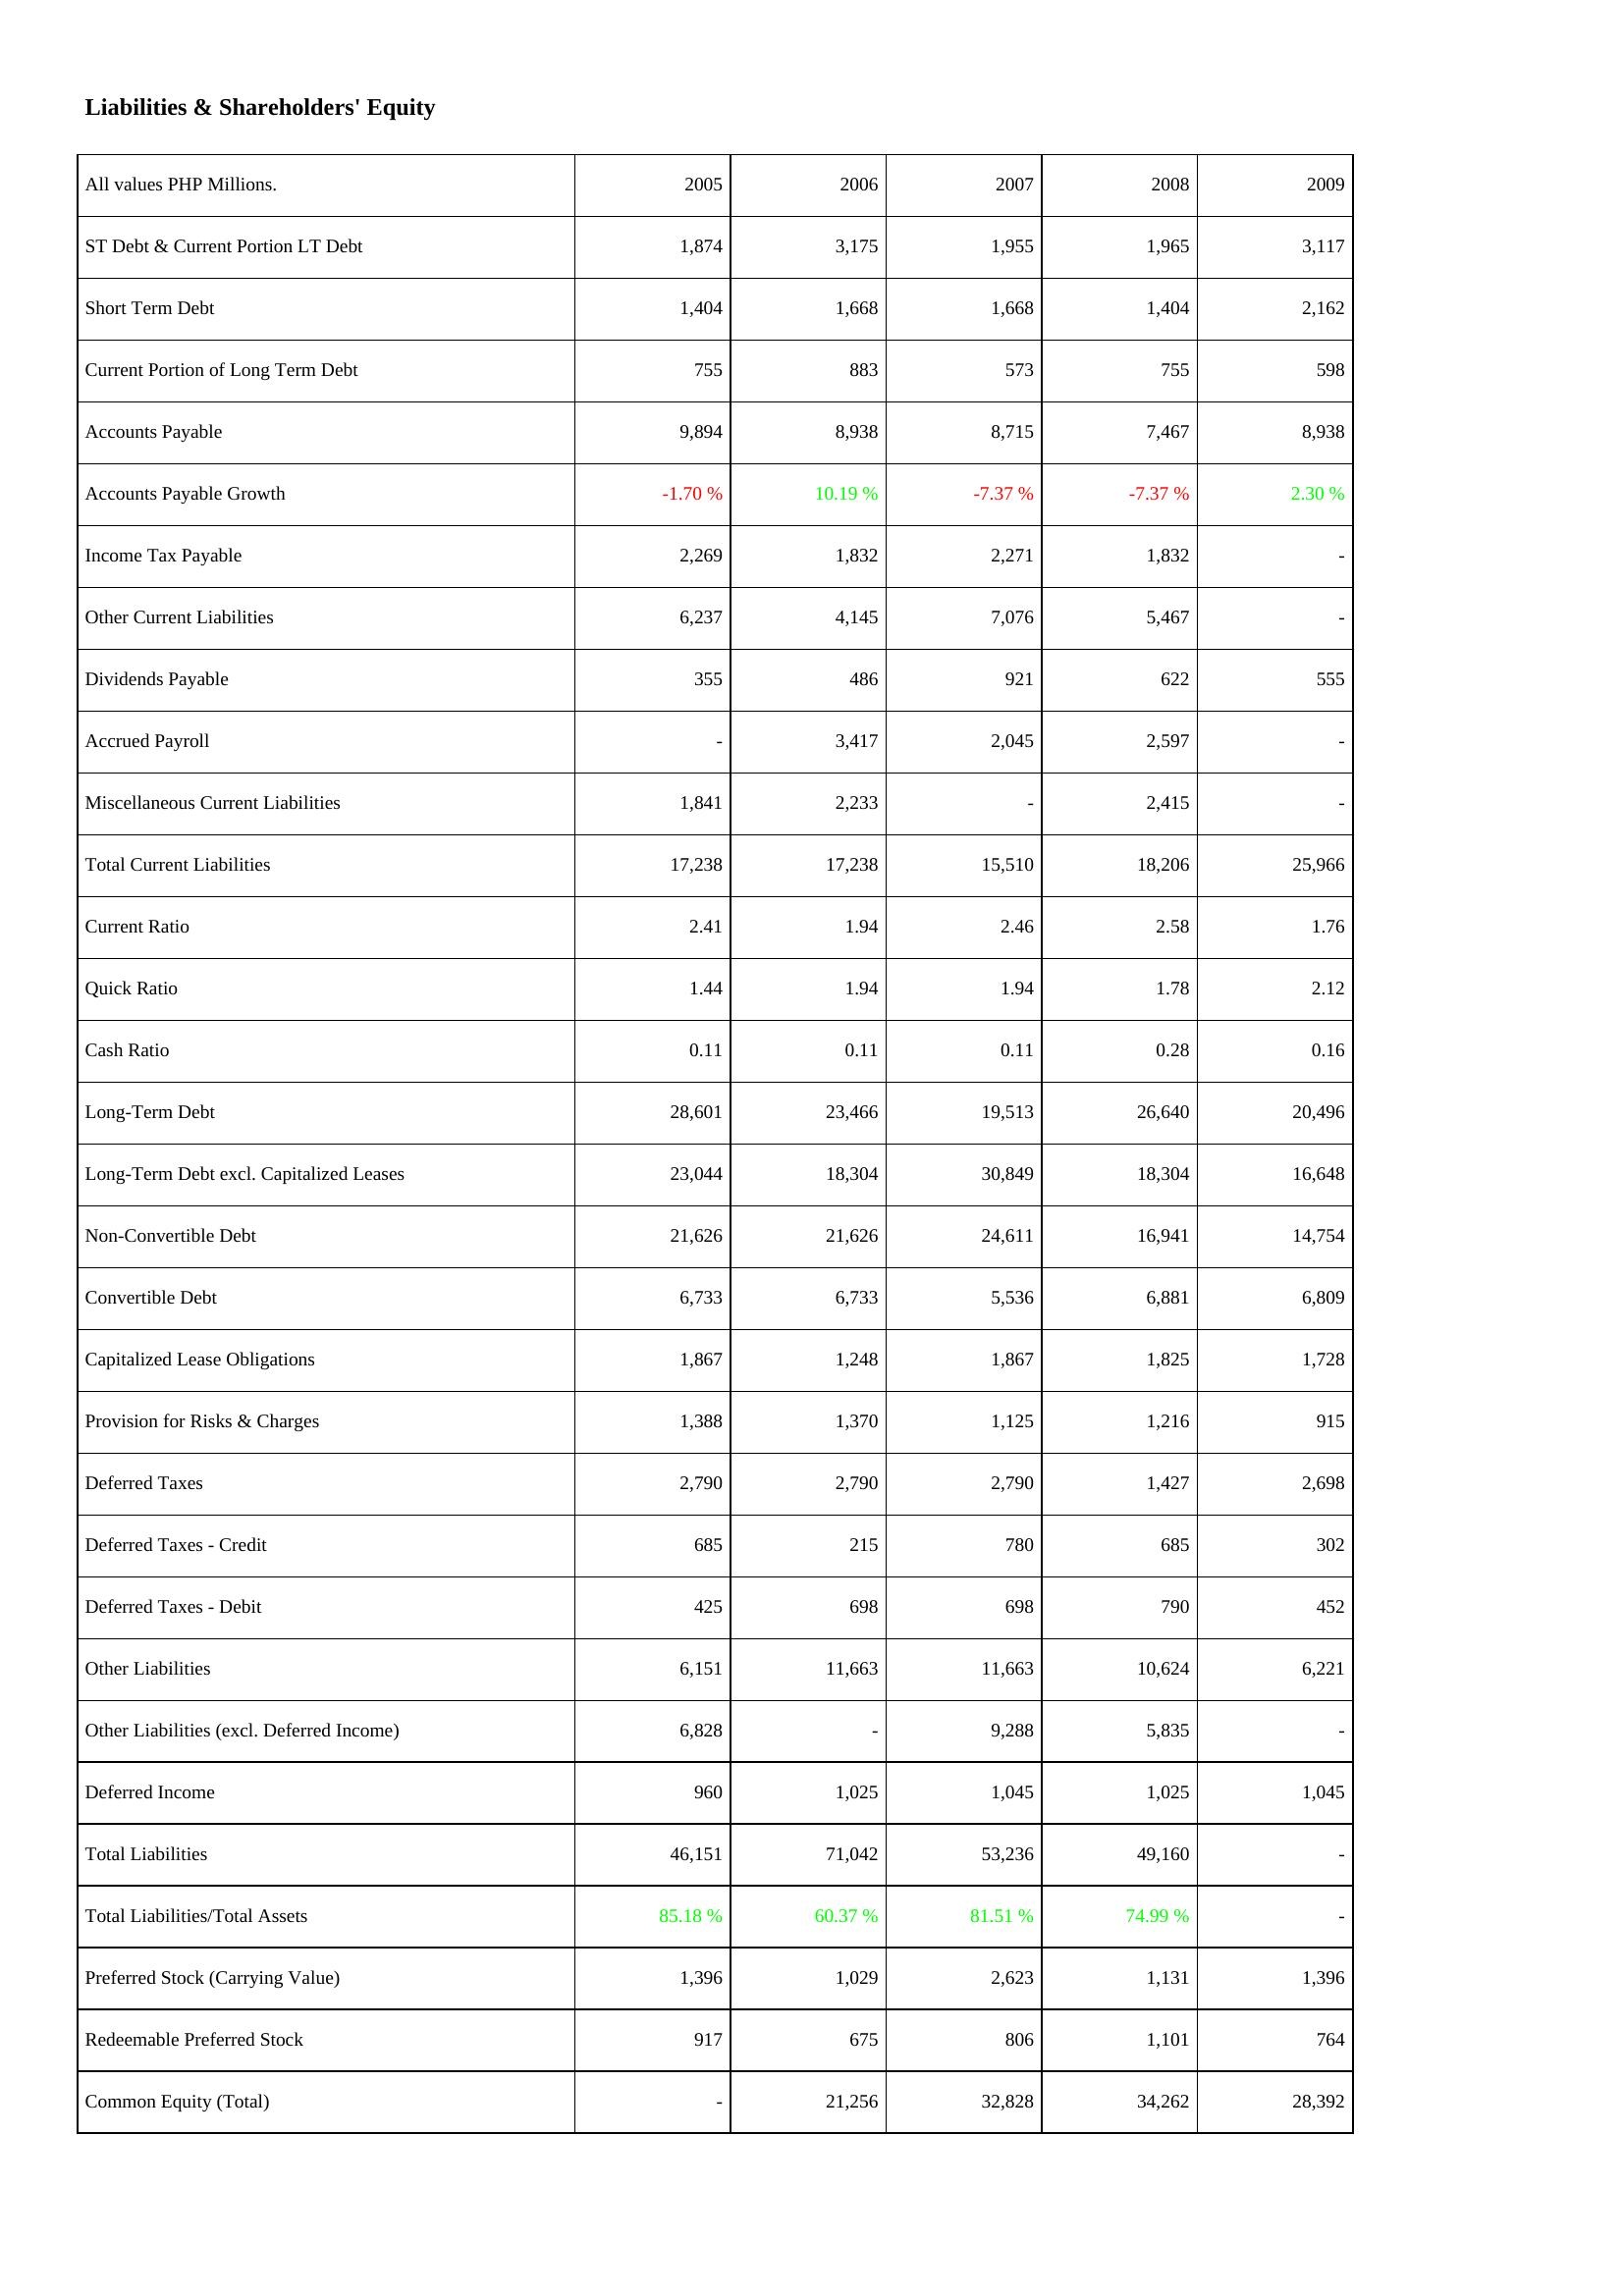
2005: Liabilities & Shareholders' Equity: ST Debt & Current Portion LT Debt: 1,874
Short Term Debt: 1,404
Current Portion of Long Term Debt: 755
Accounts Payable: 9,894
Accounts Payable Growth: -1.70 %
Income Tax Payable: 2,269
Other Current Liabilities: 6,237
Dividends Payable: 355
Accrued Payroll: -
Miscellaneous Current Liabilities: 1,841
Total Current Liabilities: 17,238
Current Ratio: 2.41
Quick Ratio: 1.44
Cash Ratio: 0.11
Long-Term Debt: 28,601
Long-Term Debt excl. Capitalized Leases: 23,044
Non-Convertible Debt: 21,626
Convertible Debt: 6,733
Capitalized Lease Obligations: 1,867
Provision for Risks & Charges: 1,388
Deferred Taxes: 2,790
Deferred Taxes - Credit: 685
Deferred Taxes - Debit: 425
Other Liabilities: 6,151
Other Liabilities (excl. Deferred Income): 6,828
Deferred Income: 960
Total Liabilities: 46,151
Total Liabilities/Total Assets: 85.18 %
Preferred Stock (Carrying Value): 1,396
Redeemable Preferred Stock: 917
Common Equity (Total): -
2006: Liabilities & Shareholders' Equity: ST Debt & Current Portion LT Debt: 3,175
Short Term Debt: 1,668
Current Portion of Long Term Debt: 883
Accounts Payable: 8,938
Accounts Payable Growth: 10.19 %
Income Tax Payable: 1,832
Other Current Liabilities: 4,145
Dividends Payable: 486
Accrued Payroll: 3,417
Miscellaneous Current Liabilities: 2,233
Total Current Liabilities: 17,238
Current Ratio: 1.94
Quick Ratio: 1.94
Cash Ratio: 0.11
Long-Term Debt: 23,466
Long-Term Debt excl. Capitalized Leases: 18,304
Non-Convertible Debt: 21,626
Convertible Debt: 6,733
Capitalized Lease Obligations: 1,248
Provision for Risks & Charges: 1,370
Deferred Taxes: 2,790
Deferred Taxes - Credit: 215
Deferred Taxes - Debit: 698
Other Liabilities: 11,663
Other Liabilities (excl. Deferred Income): -
Deferred Income: 1,025
Total Liabilities: 71,042
Total Liabilities/Total Assets: 60.37 %
Preferred Stock (Carrying Value): 1,029
Redeemable Preferred Stock: 675
Common Equity (Total): 21,256
2007: Liabilities & Shareholders' Equity: ST Debt & Current Portion LT Debt: 1,955
Short Term Debt: 1,668
Current Portion of Long Term Debt: 573
Accounts Payable: 8,715
Accounts Payable Growth: -7.37 %
Income Tax Payable: 2,271
Other Current Liabilities: 7,076
Dividends Payable: 921
Accrued Payroll: 2,045
Miscellaneous Current Liabilities: -
Total Current Liabilities: 15,510
Current Ratio: 2.46
Quick Ratio: 1.94
Cash Ratio: 0.11
Long-Term Debt: 19,513
Long-Term Debt excl. Capitalized Leases: 30,849
Non-Convertible Debt: 24,611
Convertible Debt: 5,536
Capitalized Lease Obligations: 1,867
Provision for Risks & Charges: 1,125
Deferred Taxes: 2,790
Deferred Taxes - Credit: 780
Deferred Taxes - Debit: 698
Other Liabilities: 11,663
Other Liabilities (excl. Deferred Income): 9,288
Deferred Income: 1,045
Total Liabilities: 53,236
Total Liabilities/Total Assets: 81.51 %
Preferred Stock (Carrying Value): 2,623
Redeemable Preferred Stock: 806
Common Equity (Total): 32,828
2008: Liabilities & Shareholders' Equity: ST Debt & Current Portion LT Debt: 1,965
Short Term Debt: 1,404
Current Portion of Long Term Debt: 755
Accounts Payable: 7,467
Accounts Payable Growth: -7.37 %
Income Tax Payable: 1,832
Other Current Liabilities: 5,467
Dividends Payable: 622
Accrued Payroll: 2,597
Miscellaneous Current Liabilities: 2,415
Total Current Liabilities: 18,206
Current Ratio: 2.58
Quick Ratio: 1.78
Cash Ratio: 0.28
Long-Term Debt: 26,640
Long-Term Debt excl. Capitalized Leases: 18,304
Non-Convertible Debt: 16,941
Convertible Debt: 6,881
Capitalized Lease Obligations: 1,825
Provision for Risks & Charges: 1,216
Deferred Taxes: 1,427
Deferred Taxes - Credit: 685
Deferred Taxes - Debit: 790
Other Liabilities: 10,624
Other Liabilities (excl. Deferred Income): 5,835
Deferred Income: 1,025
Total Liabilities: 49,160
Total Liabilities/Total Assets: 74.99 %
Preferred Stock (Carrying Value): 1,131
Redeemable Preferred Stock: 1,101
Common Equity (Total): 34,262
2009: Liabilities & Shareholders' Equity: ST Debt & Current Portion LT Debt: 3,117
Short Term Debt: 2,162
Current Portion of Long Term Debt: 598
Accounts Payable: 8,938
Accounts Payable Growth: 2.30 %
Income Tax Payable: -
Other Current Liabilities: -
Dividends Payable: 555
Accrued Payroll: -
Miscellaneous Current Liabilities: -
Total Current Liabilities: 25,966
Current Ratio: 1.76
Quick Ratio: 2.12
Cash Ratio: 0.16
Long-Term Debt: 20,496
Long-Term Debt excl. Capitalized Leases: 16,648
Non-Convertible Debt: 14,754
Convertible Debt: 6,809
Capitalized Lease Obligations: 1,728
Provision for Risks & Charges: 915
Deferred Taxes: 2,698
Deferred Taxes - Credit: 302
Deferred Taxes - Debit: 452
Other Liabilities: 6,221
Other Liabilities (excl. Deferred Income): -
Deferred Income: 1,045
Total Liabilities: -
Total Liabilities/Total Assets: -
Preferred Stock (Carrying Value): 1,396
Redeemable Preferred Stock: 764
Common Equity (Total): 28,392